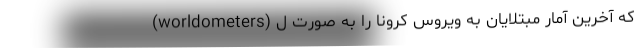
(worldometers) که آخرین آمار مبتلایان به ویروس کرونا را به صورت ل